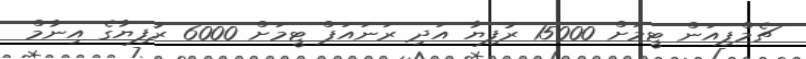
ޗެމްޕިއަން ޓީމަށް 15000 ރުފިޔާ އަދި ރަނައަޕް ޓީމަށް 6000 ރުފިޔާގެ އިނާމް